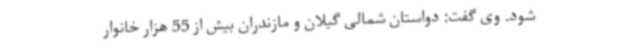
شود. وی گفت: دواستان شمالی گیلان و مازندران بیش از 55 هزار خانوار